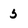
Character: 5